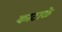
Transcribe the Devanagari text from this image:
काटाळे